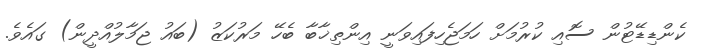
ކެންޑިޑޭޓުން ސޮއި ކުރުމަށް ހަމަޖެހިފައިވަނީ އިންތިޚާބާ ބެހޭ މަރުކަޒު (ބައު ޖަމާލުއްދީން) ގައެވެ.